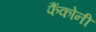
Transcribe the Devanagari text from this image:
फैंकोनी